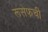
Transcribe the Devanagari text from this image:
रूसेफची